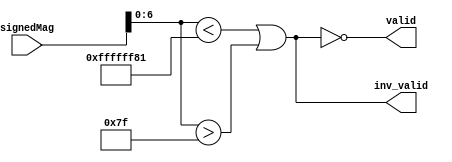
//checks if signed magnitude is within [MIN, MAX] inclusive
module BinSMisValid#(parameter BITS = 8, parameter MIN = -127, parameter MAX = 127) (
        input [BITS-1:0] signedMag,
        output valid,
        output inv_valid
    );

    assign inv_valid = signedMag[6:0] < MIN || signedMag[6:0] > MAX;
    assign valid = ~inv_valid;

endmodule